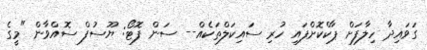
ގަވައިދާ ހިލާފަށް ޕާކްކޮށްފައި ހުރި ސައިކަލްތަކެއް-- ސަން ފޮޓޯ: ޔޫސުފް ސޮއްވާން "މީގެ